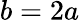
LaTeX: b=2a